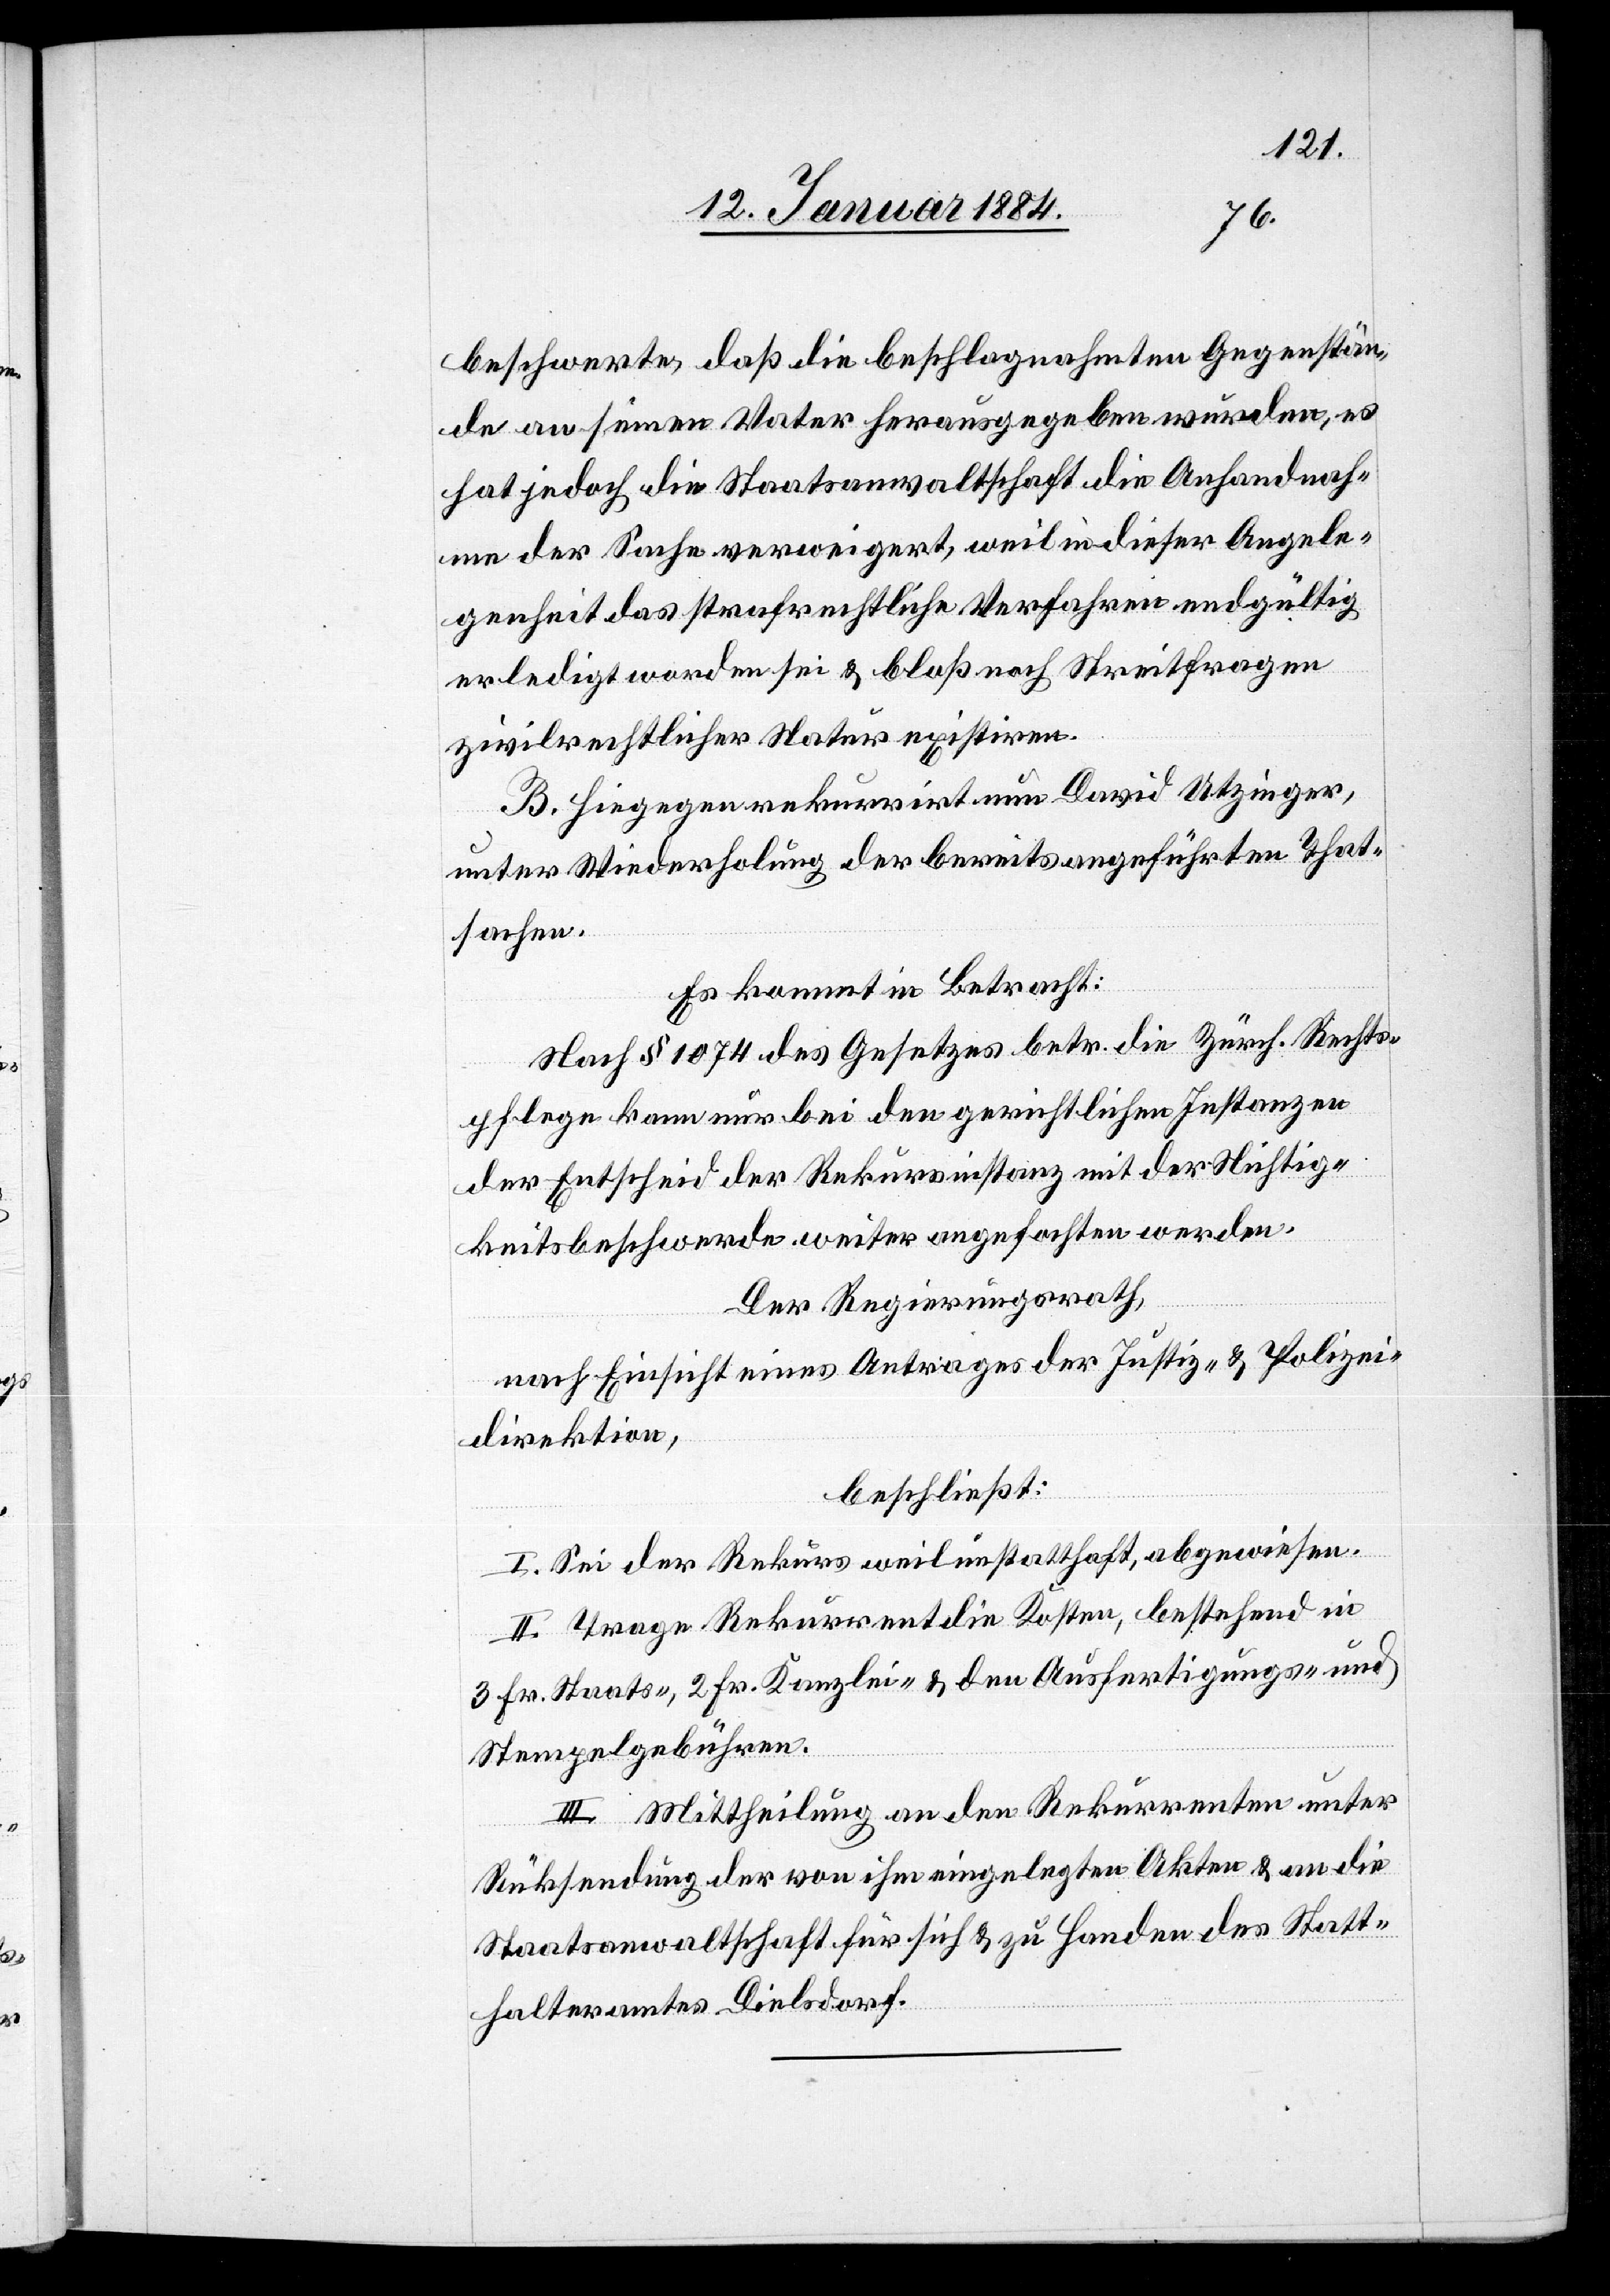
beschwerte, daß die beschlagnahmten Gegenstän¬
de an seinen Vater herausgegeben wurden, es
hat jedoch die Staatsanwaltschaft die Anhandnah¬
me der Sache verweigert, weil in dieser Angele¬
genheit das strafrechtliche Verfahren endgültig
erledigt worden sei & bloß noch Streitfragen
zivilrechtlicher Natur existiren.
B. Hiegegen rekurrirt nun David Utzinger,
unter Wiederholung der bereits angeführten That¬
sachen.
Es kommt in Betracht:
Nach § 1074 des Gesetzes betr. die zürch. Rechts¬
pflege kann nur bei den gerichtlichen Instanzen
der Entscheid der Rekursinstanz mit der Nichtig¬
keitsbeschwerde weiter angefochten werden.
Der Regierungsrath,
nach Einsicht eines Antrages der Justiz- & Polizei¬
direktion,
beschließt:
I. Sei der Rekurs, weil unstatthaft, abgewiesen.
II. Trage Rekurrent die Kosten, bestehend in
3 Fr. Staats-, 2 Fr. Kanzlei- & den Ausfertigungs- und
Stempelgebühren.
III. Mittheilung an den Rekurrenten unter
Rücksendung der von ihm eingelegten Akten & an die
Staatsanwaltschaft für sich & zu Handen des Statt¬
halteramtes Dielsdorf.